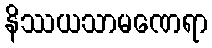
နိဿယသာမဏေရာ